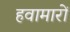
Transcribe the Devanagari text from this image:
हवामारों